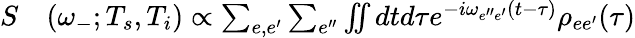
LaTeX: \begin{array}{rl}{S}&{{}(\omega_{-};T_{s},T_{i})\propto\sum_{e,e^{\prime}}\sum_{e^{\prime\prime}}\iint dtd\tau e^{-i\omega_{e^{\prime\prime}e^{\prime}}(t-\tau)}\rho_{ee^{\prime}}(\tau)}\end{array}